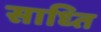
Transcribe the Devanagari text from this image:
साध्ति